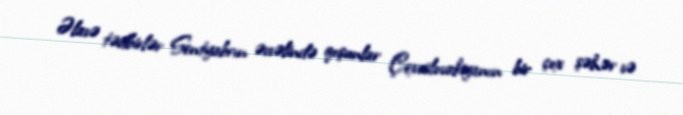
Əlavə tədbirlər Sentyabrın əvvəlində qoşunlar Çexoslovakiyanın bir çox şəhər və